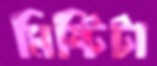
মিষ্টিটা